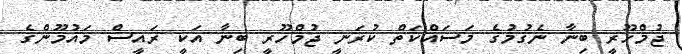
ޖުމްހޫރީ ބިނާ ނެގުމުގެ މަސައްކަތް ކުރަނީ ޖުމްހޫރީ ބިނާ އަކީ ރައީސް މައުމޫންގެ